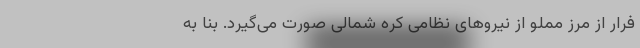
فرار از مرز مملو از نیروهای نظامی کره شمالی صورت می‌گیرد. بنا به